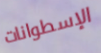
الإسطوانات